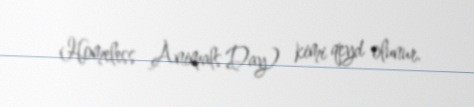
Homeless Animals Day) kimi qeyd olunur.